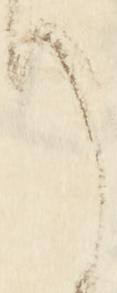
て